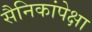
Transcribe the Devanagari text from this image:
सैनिकांपेक्षा